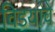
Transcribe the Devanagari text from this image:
विडयांचे